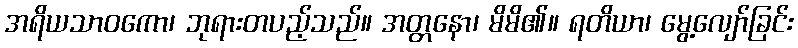
အရိယသာဝကော၊ ဘုရားတပည့်သည်။ အတ္တနော၊ မိမိ၏။ ရတိယာ၊ မွေ့လျော်ခြင်း